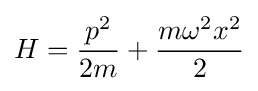
H={\frac {p^{2}}{2m}}+{\frac {m\omega ^{2}x^{2}}{2}}